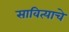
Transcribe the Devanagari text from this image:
सावित्याचे